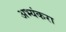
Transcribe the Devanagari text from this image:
अभ्यंकरा